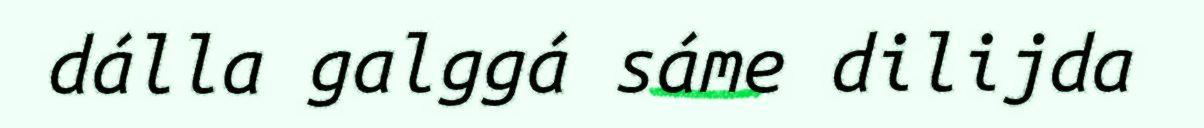
dálla galggá sáme dilijda